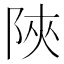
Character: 陜